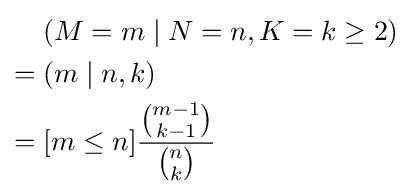
{\begin{aligned}&(M=m\mid N=n,K=k\geq 2)\\={}&(m\mid n,k)\\={}&[m\leq n]{\frac {\binom {m-1}{k-1}}{\binom {n}{k}}}\end{aligned}}